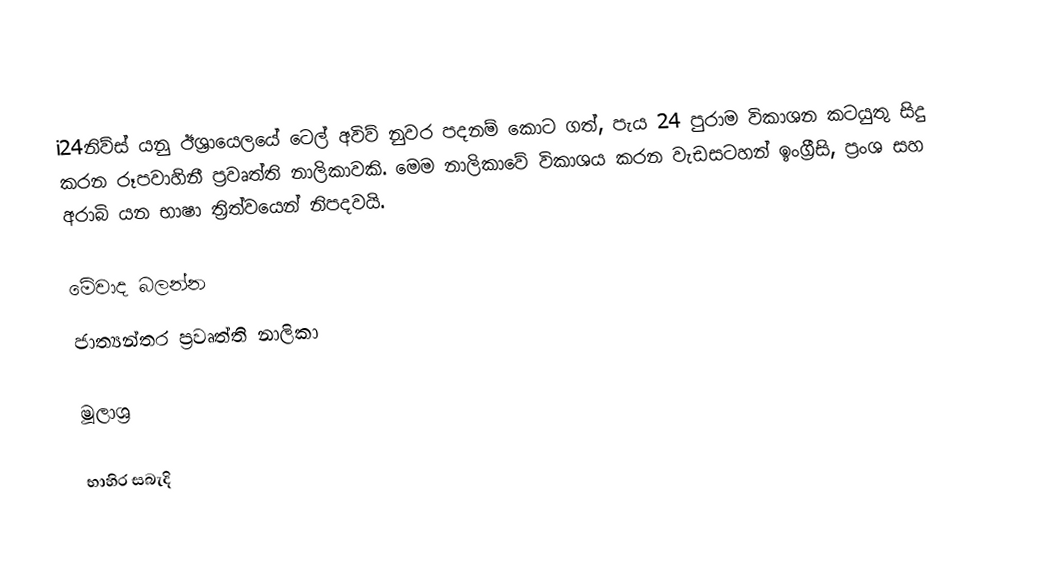
i24නිව්ස් යනු ඊශ්‍රායෙලයේ ටෙල් අවිව් නුවර පදනම් කොට ගත්, පැය 24 පුරාම විකාශන කටයුතු සිදු කරන රූපවාහිනී ප්‍රවෘත්ති නාලිකාවකි. මෙම නාලිකාවේ විකාශය කරන වැඩසටහන් ඉංග්‍රීසි, ප්‍රංශ සහ අරාබි යන භාෂා ත්‍රිත්වයෙන් නිපදවයි.

මේවාද බලන්න
 ජාත්‍යන්තර ප්‍රවෘත්ති නාලිකා

මූලාශ්‍ර

භාහිර සබැදි